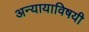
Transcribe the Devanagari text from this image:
अन्यायाविषयी